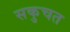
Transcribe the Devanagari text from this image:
सकुचत